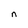
Character: n